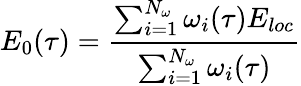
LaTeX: E_{0}(\tau)=\frac{\sum_{i=1}^{N_{\omega}}\omega_{i}(\tau)E_{loc}}{\sum_{i=1}^{N_{\omega}}\omega_{i}(\tau)}